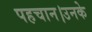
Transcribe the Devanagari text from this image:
पहचान।उनके